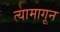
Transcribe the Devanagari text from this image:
त्यामागून